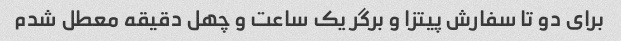
برای دو تا سفارش پیتزا و برگر یک ساعت و چهل دقیقه معطل شدم